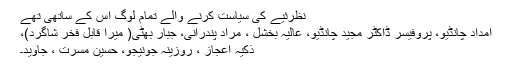
نظرئیے کی سیاست کرنے والے تمام لوگ اس کے ساتھی تھے
امداد چانڈیو، پروفیسر ڈاکٹر مجید چانڈیو، عالیہ بخشل ، مراد پندرانی، جبار بھٹی( میرا قابل فخر شاگرد)،
ذکیہ اعجاز ، روزینہ جونیجو، حسین مسرت ، جاوید۔